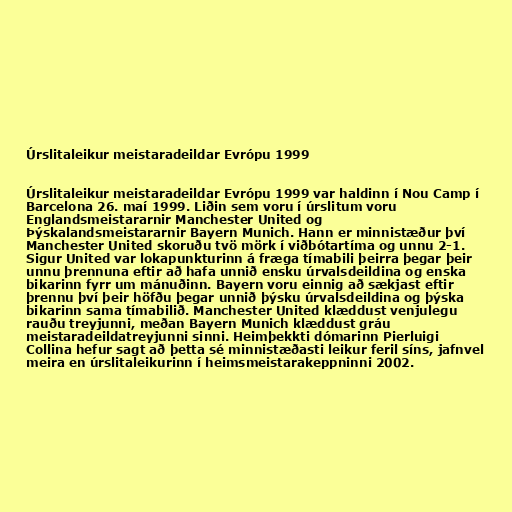
Úrslitaleikur meistaradeildar Evrópu 1999

Úrslitaleikur meistaradeildar Evrópu 1999 var haldinn í Nou Camp í
Barcelona 26. maí 1999. Liðin sem voru í úrslitum voru
Englandsmeistararnir Manchester United og
Þýskalandsmeistararnir Bayern Munich. Hann er minnistæður því
Manchester United skoruðu tvö mörk í viðbótartíma og unnu 2-1.
Sigur United var lokapunkturinn á fræga tímabili þeirra þegar þeir
unnu þrennuna eftir að hafa unnið ensku úrvalsdeildina og enska
bikarinn fyrr um mánuðinn. Bayern voru einnig að sækjast eftir
þrennu því þeir höfðu þegar unnið þýsku úrvalsdeildina og þýska
bikarinn sama tímabilið. Manchester United klæddust venjulegu
rauðu treyjunni, meðan Bayern Munich klæddust gráu
meistaradeildatreyjunni sinni. Heimþekkti dómarinn Pierluigi
Collina hefur sagt að þetta sé minnistæðasti leikur feril síns, jafnvel
meira en úrslitaleikurinn í heimsmeistarakeppninni 2002.